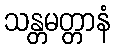
သန္တမတ္တာနံ